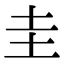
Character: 圭